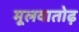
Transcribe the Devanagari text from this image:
मूलवातोढ़